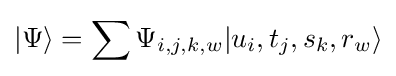
|\Psi \rangle =\sum \Psi _{i,j,k,w}|u_{i},t_{j},s_{k},r_{w}\rangle